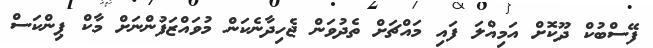
ފޭސްބުކް ދޫކޮށް އަމިއްލަ ފައި މައްޗަށް ތެދުވަން ޖެހިދާނެކަން މުވައްޒަފުންނަށް މާކް ޕިންކަސް